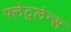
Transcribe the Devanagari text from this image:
फ्लेटूलेन्स